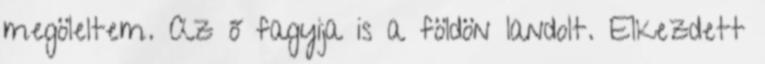
megöleltem. Az ő fagyija is a földön landolt. Elkezdett